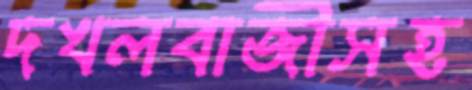
দখলবাজীসহ